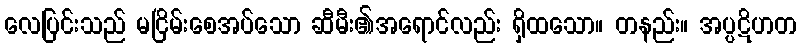
လေပြင်းသည် မငြိမ်းစေအပ်သော ဆီမီး၏အရောင်လည်း ရှိထသော။ တနည်း။ အပ္ပဋိဟတ